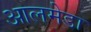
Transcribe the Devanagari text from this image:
आलमेडा